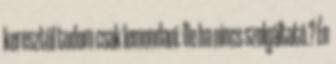
keresztül tudom csak lemondani. De ha nincs szolgáltató.? Én